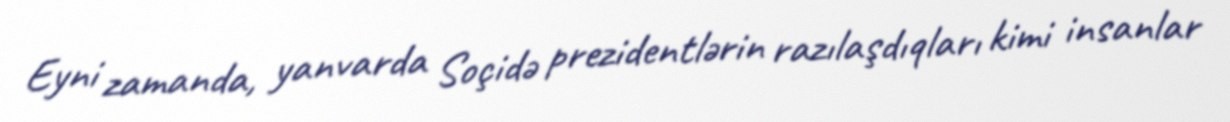
Eyni zamanda, yanvarda Soçidə prezidentlərin razılaşdıqları kimi insanlar